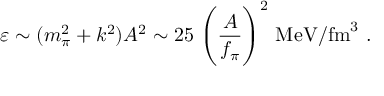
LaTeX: \varepsilon \sim ( m _ { \pi } ^ { 2 } + k ^ { 2 } ) A ^ { 2 } \sim 2 5 \ \Biggl ( \frac { A } { f _ { \pi } } \Biggr ) ^ { 2 } ~ \mathrm { M e V } / \mathrm { f m } ^ { 3 } \ .